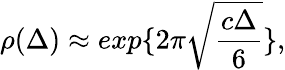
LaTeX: \rho(\Delta)\approx exp\{ 2\pi\sqrt{\frac{c\Delta}{6}}\} ,